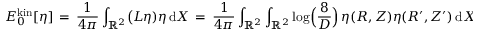
E _ { 0 } ^ { \mathrm { k i n } } [ \eta ] \, = \, \frac { 1 } { 4 \pi } \int _ { \mathbb { R } ^ { 2 } } \bigl ( L \eta ) \eta \, \mathrm { d } X \, = \, \frac { 1 } { 4 \pi } \int _ { \mathbb { R } ^ { 2 } } \int _ { \mathbb { R } ^ { 2 } } \log \Bigl ( \frac { 8 } { D } \Bigr ) \, \eta ( R , Z ) \eta ( R ^ { \prime } , Z ^ { \prime } ) \, \mathrm { d } X \, \mathrm { d } X ^ { \prime } \, ,